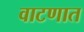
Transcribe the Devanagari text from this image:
वाटणात